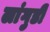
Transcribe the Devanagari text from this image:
लांगुडी